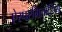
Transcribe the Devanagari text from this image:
ऐस्परगिलोसिस